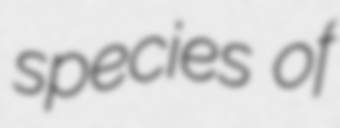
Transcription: species of